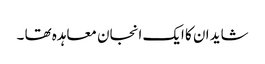
شاید ان کا ایک انجان معاہدہ تھا ۔